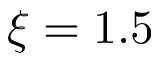
\xi = 1 . 5